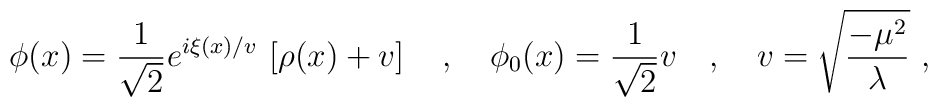
\phi(x)=\frac{1}{\sqrt{2}}e^{i\xi(x)/v}\,\left[\rho(x)+v\right]\ \ \ ,\ \ \ \phi_0(x)=\frac{1}{\sqrt{2}}v\ \ \ ,\ \ \ v=\sqrt{\frac{-\mu^2}{\lambda}}\ ,